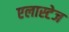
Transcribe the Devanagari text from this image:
एलास्टेज